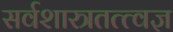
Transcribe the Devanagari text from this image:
सर्वशास्त्रतत्त्वज्ञ